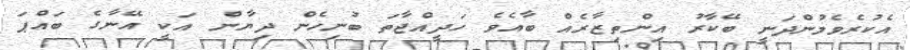
އެކުރެވެމުންދަނީ ބޭކާރު އިންތިޒާރެއް ބާއެވެ ހަދީއްޖާތަ ބުނިހެން ދިޔާން އަކީ އޭނާގެ ބައްޕަ